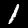
Digit: 1